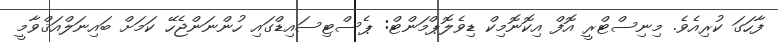
ފާހަގަ ކުރިއެވެ. މިނިސްޓްރީ އޮފް އިކޮނޮމިކް ޑިވެލޮޕްމަންޓް: ޕެސްޓިސައިޑްގައި ހުންނަންޖެހޭ ކަމަށް ބައިނަލްއަޤްވާމީ